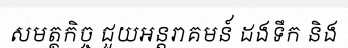
សមត្ថកិច្ច ជួយអន្តរាគមន៍ ដងទឹក និង